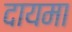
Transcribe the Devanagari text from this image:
दायमा